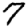
Digit: 7